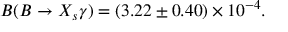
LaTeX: { \cal B } ( B \to X _ { s } \gamma ) = ( 3 . 2 2 \pm 0 . 4 0 ) \times 1 0 ^ { - 4 } .